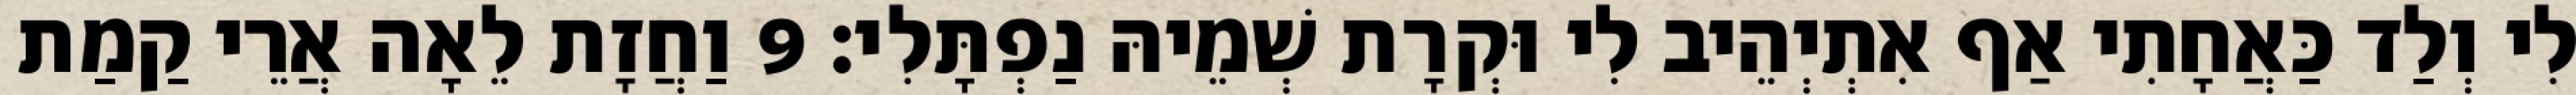
לִי וְלַד כַּאֲחָתִי אַף אִתְיְהֵיב לִי וּקְרָת שְׁמֵיהּ נַפְתָּלִי׃ 9 וַחֲזָת לֵאָה אֲרֵי קַמַת